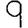
Digit: 9